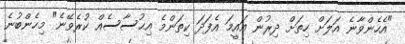
"އެހެންވާނެ އަލަށް ހިތަށް ދިރުން އައީމަ އެފަދަ ކިތަންމެ އިޙުސާސެއް ކުރެވޭނެ" މިހެންބުނެ